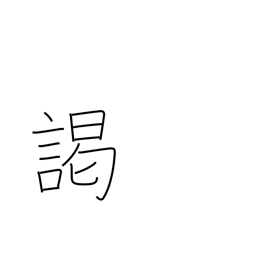
Meaning: audience